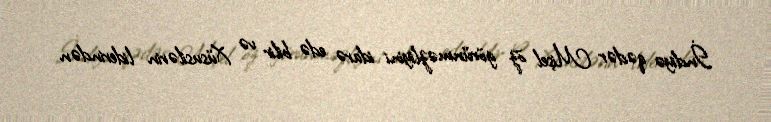
İndiyə qədər Mişel öz görünməzliyini idarə edə bilir və Xüsusilərin liderindən